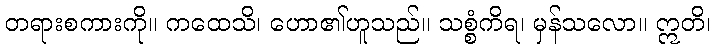
တရားစကားကို။ ကထေသိ၊ ဟော၏ဟူသည်။ သစ္စံကိရ၊ မှန်သလော။ ဣတိ၊